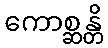
ကောစ္ဆန္တိ